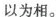
以为相。